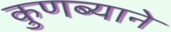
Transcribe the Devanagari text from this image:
कुणब्याने